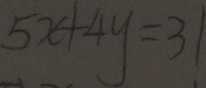
5 x + 4 y = 3 1